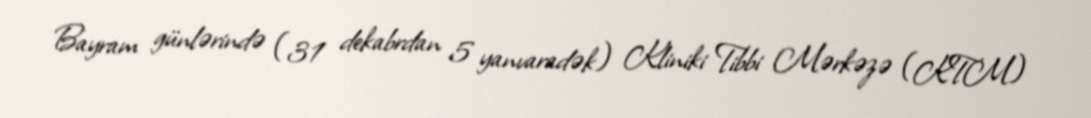
Bayram günlərində (31 dekabrdan 5 yanvaradək) Kliniki Tibbi Mərkəzə (KTM)